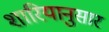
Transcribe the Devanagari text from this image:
शारियानुसार